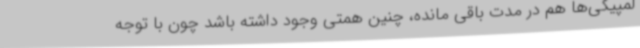
لمپیکی‌ها هم در مدت باقی مانده، چنین همتی وجود داشته باشد چون با توجه